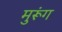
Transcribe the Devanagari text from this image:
मुरूंग